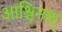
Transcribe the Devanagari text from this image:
आश्विनश्